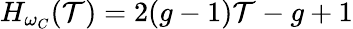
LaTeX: H_{\omega_{C}}(\mathcal{T})=2(g-1)\mathcal{T}-g+1